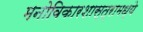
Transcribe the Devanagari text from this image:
मनोविकारशास्त्रामध्ये